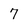
Character: 7